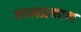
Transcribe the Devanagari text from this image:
लालप्रकाश